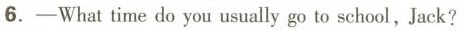
6.-What time do you usually go to school,Jack?